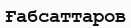
Ғабсаттаров